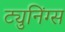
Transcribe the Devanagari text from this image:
ट्युनिंग्स